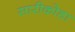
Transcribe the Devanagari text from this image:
सारीकोडा